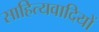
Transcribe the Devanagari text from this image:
साहित्यवादियों